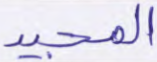
المجيد